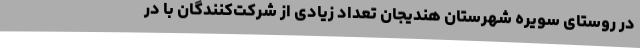
در روستای سویره شهرستان هندیجان تعداد زیادی از شرکت‌کنندگان با در